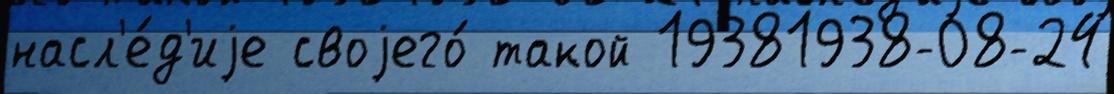
насл'е́д'иjе своjего́ такой 19381938-08-24